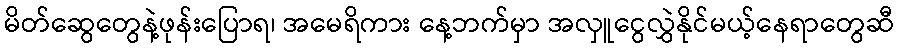
မိတ်ဆွေတွေနဲ့ဖုန်းပြောရ၊ အမေရိကား နေ့ဘက်မှာ အလှူငွေလွှဲနိုင်မယ့်နေရာတွေဆီ